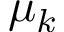
\mu _ { k }